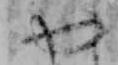
や